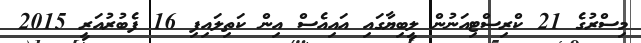
މިސްރުގެ 21 ކްރިސްޓިއަނުން ލީބިޔާގައި އައިއެސް އިން ކަތިލައިފި 16 ފެބުރުއަރީ 2015